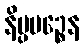
နိပ္ပပဉ္စေန